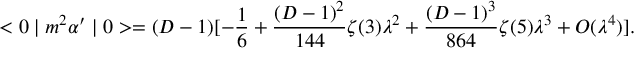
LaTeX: < 0 \mid m ^ { 2 } \alpha ^ { \prime } \mid 0 > = ( D - 1 ) [ - \frac { 1 } { 6 } + \frac { ( D - 1 ) ^ { 2 } } { 1 4 4 } \zeta ( 3 ) \lambda ^ { 2 } + \frac { ( D - 1 ) ^ { 3 } } { 8 6 4 } \zeta ( 5 ) \lambda ^ { 3 } + { \cal O } ( \lambda ^ { 4 } ) ] .